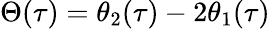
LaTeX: \Theta(\tau)=\theta_{2}(\tau)-2\theta_{1}(\tau)